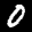
Label: 0